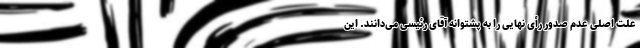
علت اصلی عدم صدور رأی نهایی را به پشتوانه آقای رئیسی می‌دانند. این